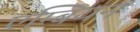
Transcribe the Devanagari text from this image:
एम्बियन